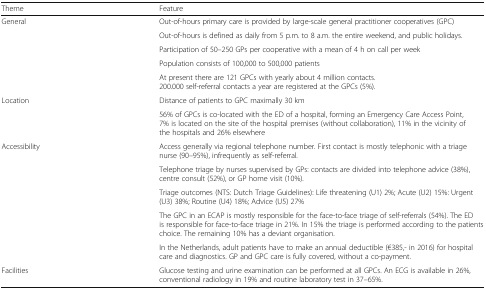
<table><thead><tr><td><b>Theme</b></td><td><b>Feature</b></td></tr></thead><tbody><tr><td rowspan="5">General</td><td>Out-of-hours primary care is provided by large-scale general practitioner cooperatives (GPC)</td></tr><tr><td>Out-of-hours is defined as daily from 5 p.m. to 8 a.m. the entire weekend, and public holidays.</td></tr><tr><td>Participation of 50–250 GPs per cooperative with a mean of 4 h on call per week</td></tr><tr><td>Population consists of 100,000 to 500,000 patients</td></tr><tr><td>At present there are 121 GPCs with yearly about 4 million contacts.200.000 self-referral contacts a year are registered at the GPCs (5%).</td></tr><tr><td rowspan="2">Location</td><td>Distance of patients to GPC maximally 30 km</td></tr><tr><td>56% of GPCs is co-located with the ED of a hospital, forming an Emergency Care Access Point, 7% is located on the site of the hospital premises (without collaboration), 11% in the vicinity of the hospitals and 26% elsewhere</td></tr><tr><td rowspan="5">Accessibility</td><td>Access generally via regional telephone number. First contact is mostly telephonic with a triage nurse (90–95%), infrequently as self-referral.</td></tr><tr><td>Telephone triage by nurses supervised by GPs: contacts are divided into telephone advice (38%), centre consult (52%), or GP home visit (10%).</td></tr><tr><td>Triage outcomes (NTS: Dutch Triage Guidelines): Life threatening (U1) 2%; Acute (U2) 15%: Urgent (U3) 38%; Routine (U4) 18%; Advice (U5) 27%</td></tr><tr><td>The GPC in an ECAP is mostly responsible for the face-to-face triage of self-referrals (54%). The ED is responsible for face-to-face triage in 21%. In 15% the triage is performed according to the patients choice. The remaining 10% has a deviant organisation.</td></tr><tr><td>In the Netherlands, adult patients have to make an annual deductible (€385,- in 2016) for hospital care and diagnostics. GP and GPC care is fully covered, without a co-payment.</td></tr><tr><td>Facilities</td><td>Glucose testing and urine examination can be performed at all GPCs. An ECG is available in 26%, conventional radiology in 19% and routine laboratory test in 37–65%.</td></tr></tbody></table>